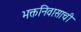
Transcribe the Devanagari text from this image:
भक्तनिवासाची